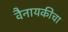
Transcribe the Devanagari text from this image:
वैनायकीचा